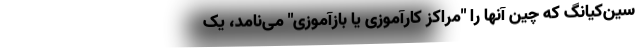
سین‌کیانگ که چین آنها را "مراکز کارآموزی یا بازآموزی" می‌نامد، یک